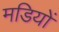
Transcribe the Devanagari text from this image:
मडियों